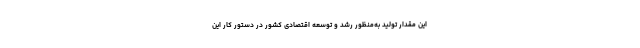
این مقدار تولید به‌منظور رشد و توسعه اقتصادی کشور در دستور کار این